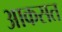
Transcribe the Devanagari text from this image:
आकसत